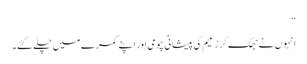
‘‘
انہوں نے جھک کر زعیم کی پیشانی چومی اور اپنے کمرے میں چلے گئے۔